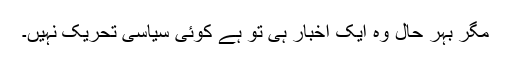
مگر بہر حال وہ ایک اخبار ہی تو ہے کوئی سیاسی تحریک نہیں۔